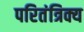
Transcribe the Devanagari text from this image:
परितंत्रिक्य